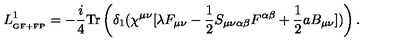
L _ { _ { \mathrm { G F + F P } } } ^ { 1 } = - \frac { i } { 4 } \mathrm { T r } \left( \delta _ { 1 } ( \chi ^ { \mu \nu } [ \lambda F _ { \mu \nu } - \frac { 1 } { 2 } S _ { \mu \nu \alpha \beta } F ^ { \alpha \beta } + \frac { 1 } { 2 } a B _ { \mu \nu } ] ) \right) .